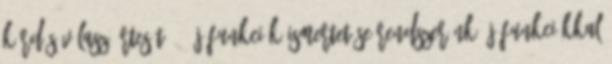
Kérdés-válasz értesítő ? Új funkciók ismertetése Rendszerünk új funkciókkal